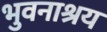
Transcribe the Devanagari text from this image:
भुवनाश्रय